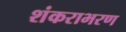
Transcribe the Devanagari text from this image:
शंकराभरण